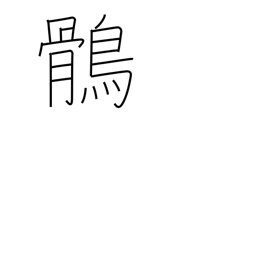
Meaning: eagle